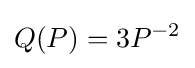
Q(P)=3P^{-2}